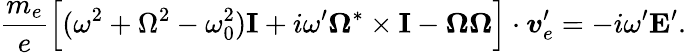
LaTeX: \frac{m_{e}}{e}\Big[(\omega^{2}+\Omega^{2}-\omega_{0}^{2}){\mathbf I}+i\omega^{\prime}\boldsymbol\Omega^{*}\times{\mathbf I}-\boldsymbol\Omega\boldsymbol\Omega\Big]\cdot\boldsymbol v_{e}^{\prime}=-i\omega^{\prime}\mathbf E^{\prime}.